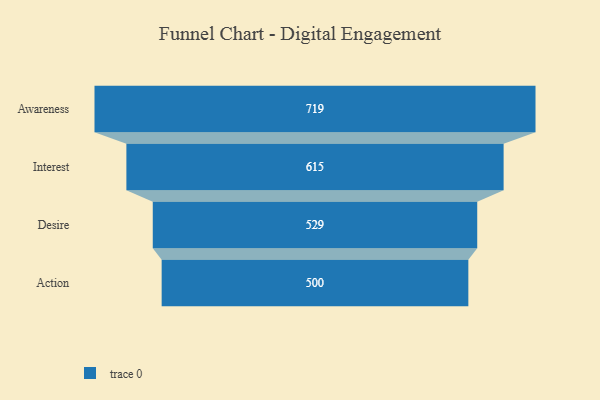
{"axis": {"x": "Stage", "y": "Value"}, "legend": [""], "data": [{"x": "Awareness", "y": 719.0, "type": ""}, {"x": "Interest", "y": 615.0, "type": ""}, {"x": "Desire", "y": 529.0, "type": ""}, {"x": "Action", "y": 500, "type": ""}]}